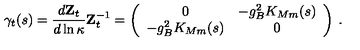
\mathrm { \boldmath \gamma } _ { t } ( s ) = \frac { d { \mathbf Z } _ { t } } { d \ln \kappa } { \mathbf Z } _ { t } ^ { - 1 } = \left( \begin{array} { c c } { 0 } & { - g _ { B } ^ { 2 } K _ { M m } ( s ) } \\ { - g _ { B } ^ { 2 } K _ { M m } ( s ) } & { 0 } \\ \end{array} \right) \: .